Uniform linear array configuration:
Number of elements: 8
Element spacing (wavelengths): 0.25
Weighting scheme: cosine
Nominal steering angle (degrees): -45
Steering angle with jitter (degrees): -45.683
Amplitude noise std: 0.05
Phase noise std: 0.05

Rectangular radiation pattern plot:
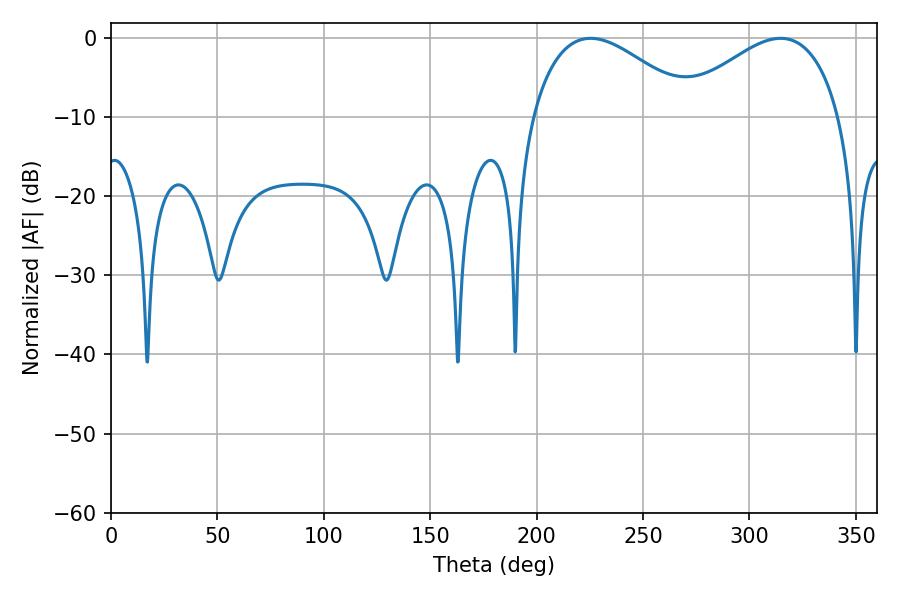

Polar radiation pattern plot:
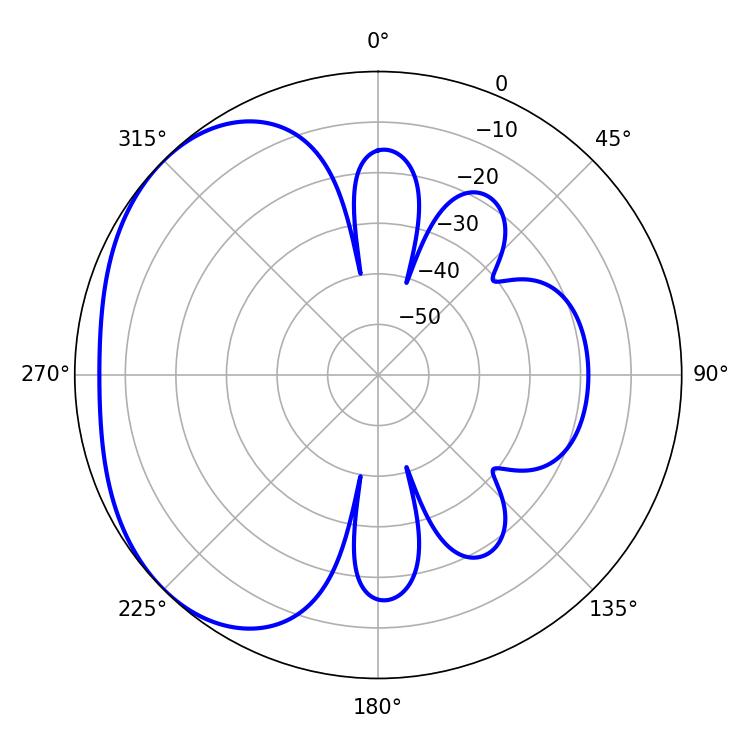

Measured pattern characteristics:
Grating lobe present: FALSE
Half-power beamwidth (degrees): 41.94
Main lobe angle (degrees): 225.36